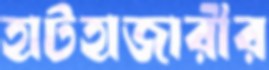
হাটহাজারীর